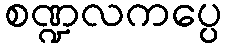
စဏ္ဍလကပ္ပေ